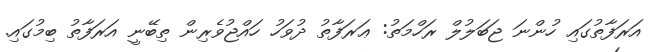
އަރަފާތުގައި ހުންނަ ޖަބަލުލް ރަހްމަތު: ޢަރަފާތު ދުވަހު ހައްޖުވެރިން ތިބޭނީ އަރަފާތު ބިމުގައި.